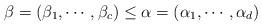
LaTeX: \begin{align*} \beta=(\beta_1,\cdots, \beta_c) \leq \alpha=(\alpha_1,\cdots, \alpha_d) \end{align*}